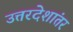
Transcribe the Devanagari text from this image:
उत्तरदेशांतर